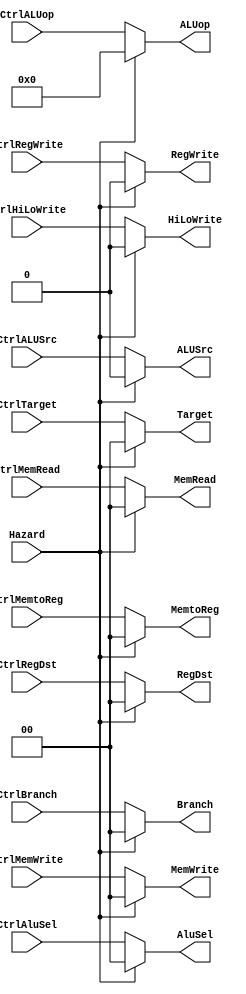
////////////////////////////////////////////////
// HAZARD_CTRL.V
//
// TU/e Eindhoven University Of Technology
// Eindhoven, The Netherlands
// 
// Based on work by Sander Stuijk
// 
// Function:
//
// Version:
//     (27-01-2014): initial version
//
//////////////////////////////////////////////!/

module HAZARD_CTRL(
        Hazard,
        CtrlRegDst,
        CtrlTarget,
        CtrlBranch,
        CtrlMemRead,
        CtrlMemtoReg,
        CtrlALUop,
        CtrlMemWrite,
        CtrlALUSrc,
        CtrlRegWrite,
        CtrlHiLoWrite,
        CtrlAluSel,
        RegDst,
        Target,
        Branch,
        MemRead,
        MemtoReg,
        ALUop,
        MemWrite,
        ALUSrc,
        RegWrite,
        HiLoWrite,
        AluSel
    );

    input   [0:0]   Hazard;
    input   [1:0]   CtrlRegDst;
    input   [1:0]   CtrlTarget;
    input   [1:0]   CtrlBranch;
    input   [1:0]   CtrlMemRead;
    input   [1:0]   CtrlMemtoReg;
    input   [4:0]   CtrlALUop;
    input   [1:0]   CtrlMemWrite;
    input   [0:0]   CtrlALUSrc;
    input   [0:0]   CtrlRegWrite;
    input   [0:0]   CtrlHiLoWrite;
    input   [1:0]   CtrlAluSel;
    output  [1:0]   RegDst;
    reg     [1:0]   RegDst;
    output  [1:0]   Target;
    reg     [1:0]   Target;
    output  [1:0]   Branch;
    reg     [1:0]   Branch;
    output  [1:0]   MemRead;
    reg     [1:0]   MemRead;
    output  [1:0]   MemtoReg;
    reg     [1:0]   MemtoReg;
    output  [4:0]   ALUop;
    reg     [4:0]   ALUop;
    output  [1:0]   MemWrite;
    reg     [1:0]   MemWrite;
    output  [0:0]   ALUSrc;
    reg     [0:0]   ALUSrc;
    output  [0:0]   RegWrite;
    reg     [0:0]   RegWrite;
    output  [0:0]   HiLoWrite;
    reg     [0:0]   HiLoWrite;
    output  [1:0]   AluSel;
    reg     [1:0]   AluSel;
    
    always @(Hazard or 
                CtrlRegDst or 
                CtrlBranch or 
                CtrlMemRead or 
                CtrlMemtoReg or 
                CtrlALUop or 
                CtrlMemWrite or 
                CtrlALUSrc or 
                CtrlRegWrite or 
                CtrlTarget or 
                CtrlHiLoWrite or 
                CtrlAluSel)
        
        begin : hazard_ctrl_thread
            
            if (Hazard == 1'b0)
            begin
                RegDst      = CtrlRegDst;
                Target      = CtrlTarget;
                Branch      = CtrlBranch;
                MemRead     = CtrlMemRead;
                MemtoReg    = CtrlMemtoReg;
                ALUop       = CtrlALUop;
                MemWrite    = CtrlMemWrite;
                ALUSrc      = CtrlALUSrc;
                RegWrite    = CtrlRegWrite;
                HiLoWrite   = CtrlHiLoWrite;
                AluSel      = CtrlAluSel;
            end
            else
            begin
                RegDst      = 0;
                Target      = 0;
                Branch      = 0;
                MemRead     = 0;
                MemtoReg    = 0;
                ALUop       = 0;
                MemWrite    = 0;
                ALUSrc      = 0;
                RegWrite    = 0;
                HiLoWrite   = 0;
                AluSel      = 0;
            end
        end

endmodule